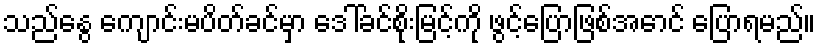
သည်နွေ ကျောင်းမပိတ်ခင်မှာ ဒေါ်ခင်စိုးမြင့်ကို ဖွင့်ပြောဖြစ်အောင် ပြောရမည်။